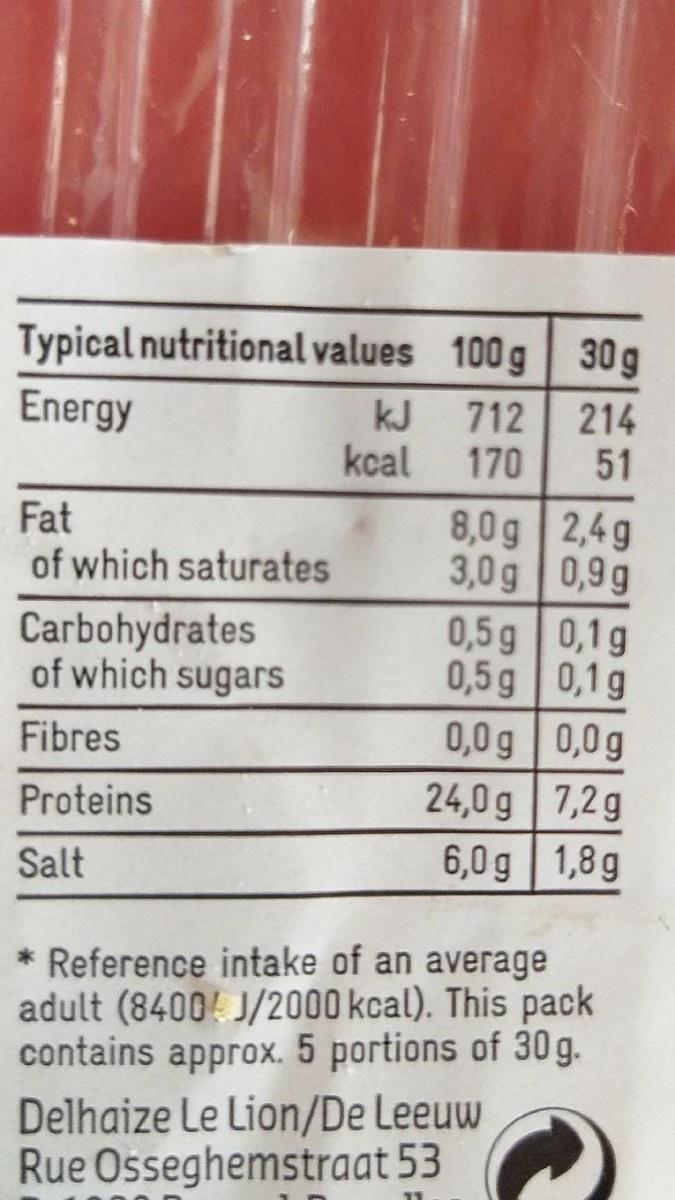
Typical nutritional values 100 g 30 g
Energy
kJ
712 214
kcal
170
51
Fat of which saturates
8,0 g 2,4g 3,0g 0,9g 0,5 g 0,1g 0,5 g 0,1g 0,0g 0,0g 24,0 g 7,2g 6,0 g 1,8g
Carbohydrates of which sugarS
Fibres
Proteins
Salt
* Reference intake of an average adult (84004 J/2000 kcal). This pack contains approx. 5 portions of 30 g.
Delhaize Le Lion/De Leeuw Rue Osseghemstraat 53